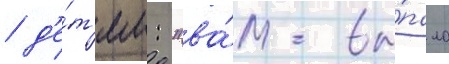
/ д'е́т'ям: "ва́м вы́пало